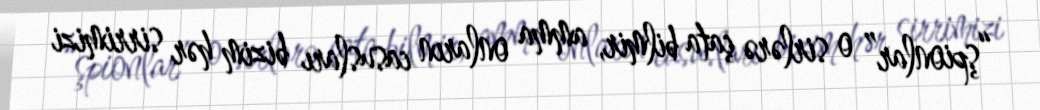
“şpionlar” o sirlərə çata bilmir, amma onların casusları bizim hər sirrimizi